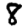
Digit: 8